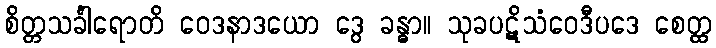
စိတ္တသင်္ခါရောတိ ဝေဒနာဒယော ဒွေ ခန္ဓာ။ သုခပဋိသံဝေဒီပဒေ စေတ္ထ